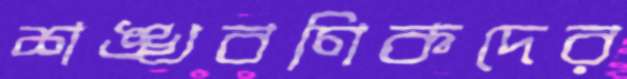
শঙ্খবণিকদের